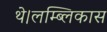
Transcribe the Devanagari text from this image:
थे।लम्ब्लिकास